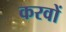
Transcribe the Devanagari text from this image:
करवों